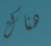
هناك